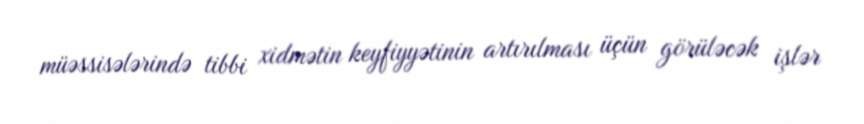
müəssisələrində tibbi xidmətin keyfiyyətinin artırılması üçün görüləcək işlər